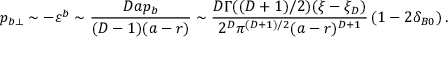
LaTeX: p _ { b \perp } \sim - \varepsilon ^ { b } \sim \frac { D a p _ { b } } { ( D - 1 ) ( a - r ) } \sim \frac { D \Gamma ( ( D + 1 ) / 2 ) ( \xi - \xi _ { D } ) } { 2 ^ { D } \pi ^ { ( D + 1 ) / 2 } ( a - r ) ^ { D + 1 } } \left( 1 - 2 \delta _ { B 0 } \right) .